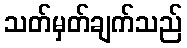
သတ်မှတ်ချက်သည်